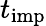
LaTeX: t_{\mathrm{imp}}